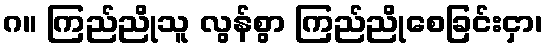
ဂ။ ကြည်ညိုသူ လွန်စွာ ကြည်ညိုစေခြင်းငှာ၊